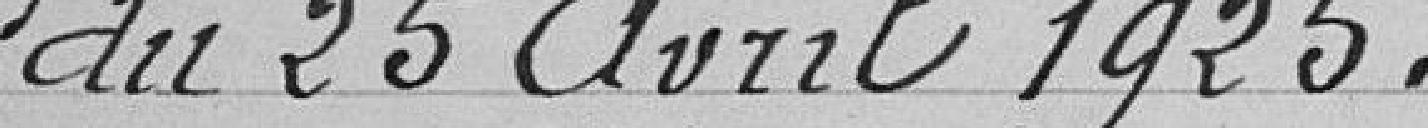
du 25 avril 1925